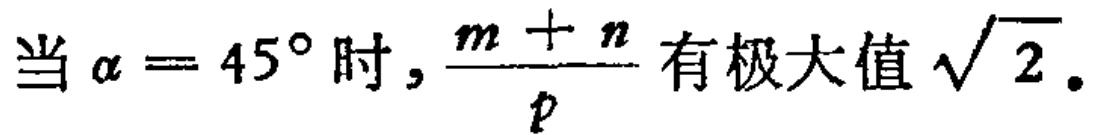
当$\alpha = 45^{\circ}$时, $\frac{m + n}{p}$ 有极大值$\sqrt{2}$.